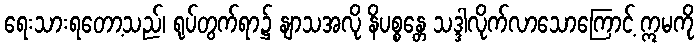
ရေးသားရတော့သည်၊ ရုပ်တွက်ရာ၌ နျာသအလို နိပစ္စန္တေ သဒ္ဒါလိုက်လာသောကြောင့် ဣမကို